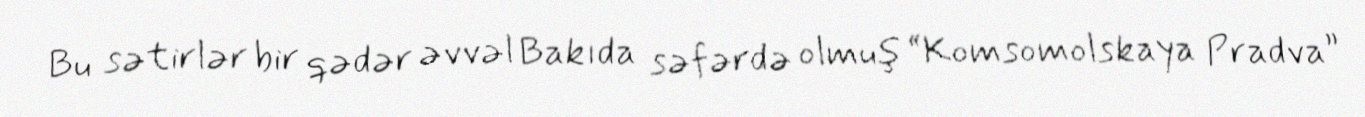
Bu sətirlər bir qədər əvvəl Bakıda səfərdə olmuş “Komsomolskaya Pradva”